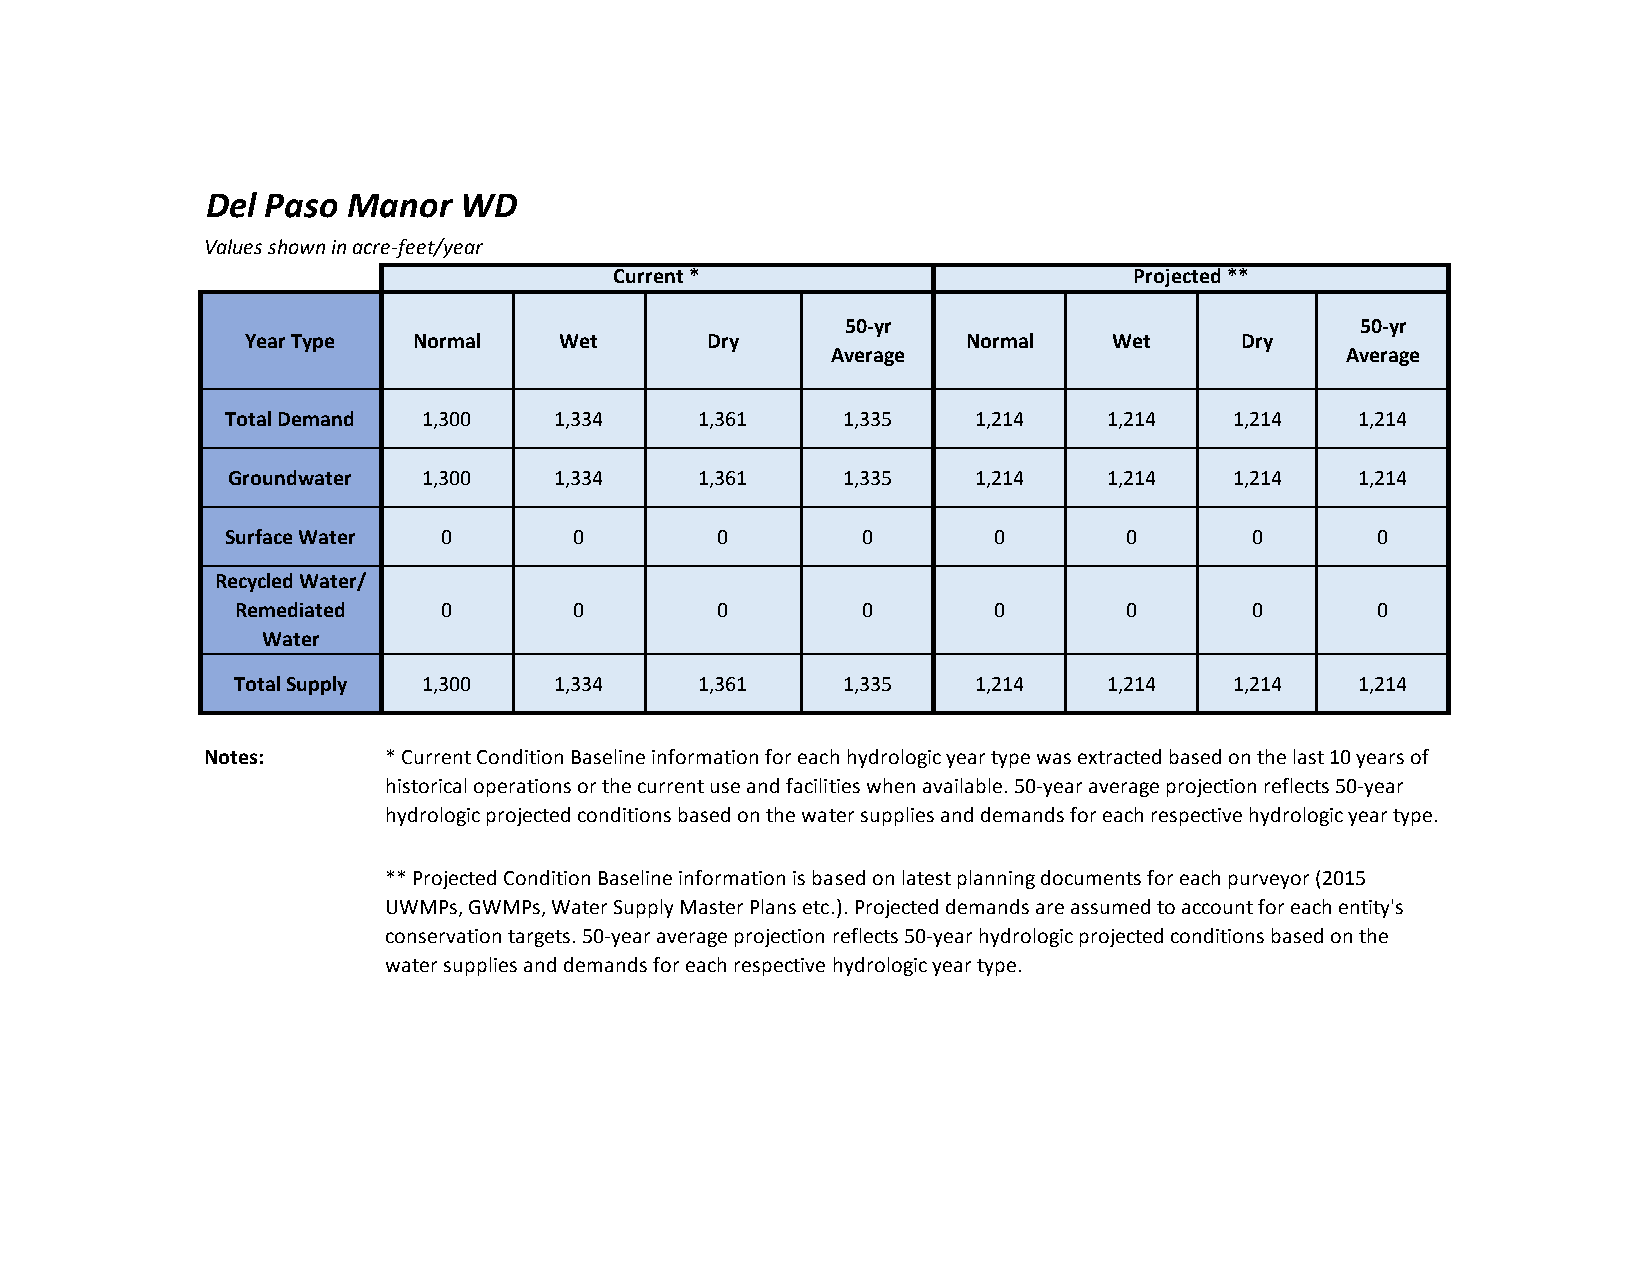
Del Paso Manor  WD
 Values shown in acre-feet/year
 Current *                         Projected **
 50-yr                             50-yr
 Year Type  Normal    Wet       Dry              Normal    Wet     Dry
 Average                           Average
 Total Demand 1,300    1,334    1,361     1,335   1,214    1,214    1,214   1,214
 Groundwater  1,300    1,334    1,361     1,335   1,214    1,214    1,214   1,214
 Surface Water 0        0        0         0        0       0        0       0
 Recycled Water/
 Remediated   0        0        0         0        0       0        0       0
 Water
 Total Supply 1,300    1,334    1,361     1,335   1,214    1,214    1,214   1,214
 Notes:     * Current Condition Baseline information for each hydrologic year type was extracted based on the last 10 years of
 historical operations or the current use and facilities when available. 50-year average projection reflects 50-year
 hydrologic projected conditions based on the water supplies and demands for each respective hydrologic year type.
 ** Projected Condition Baseline information is based on latest planning documents for each purveyor (2015
 UWMPs, GWMPs, Water Supply Master Plans etc.). Projected demands are assumed to account for each entity's
 conservation targets. 50-year average projection reflects 50-year hydrologic projected conditions based on the
 water supplies and demands for each respective hydrologic year type.